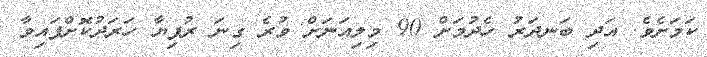
ކަމަށެވެ. އަދި ބަނދަރު ހެދުމަށް 90 މިލިއަނަށް ވުރެ ގިނަ ރުފިޔާ ހަރަދުކޮށްފައިވާ